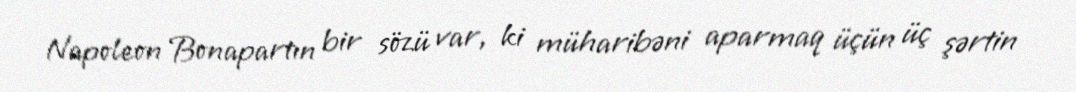
Napoleon Bonapartın bir sözü var, ki müharibəni aparmaq üçün üç şərtin